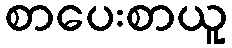
စာပေးစာယူ